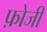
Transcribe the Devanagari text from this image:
फ़ोजी